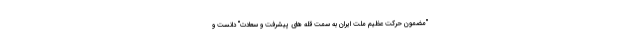
"مضمون حرکت عظیم ملت ایران به سمت قله های پیشرفت و سعادت" دانست و